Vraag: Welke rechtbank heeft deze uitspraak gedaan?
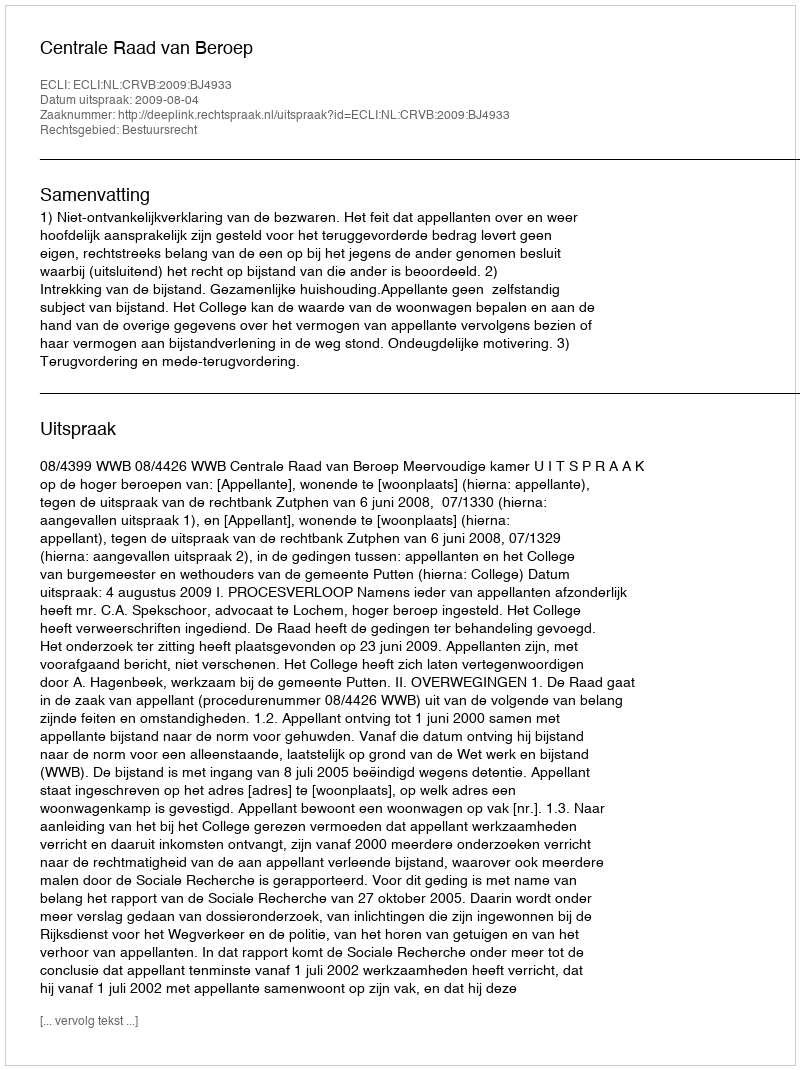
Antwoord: Centrale Raad van Beroep